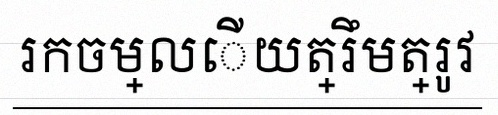
រកចម្លើយត្រឹមត្រូវ